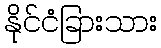
နိုင်ငံခြားသား